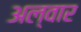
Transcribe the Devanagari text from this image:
अल्वार